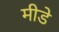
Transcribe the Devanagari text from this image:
मीडे